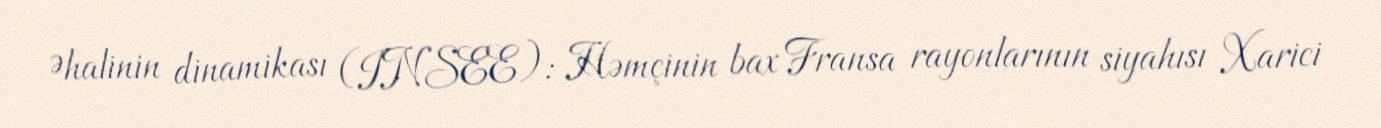
Əhalinin dinamikası (INSEE): Həmçinin bax Fransa rayonlarının siyahısı Xarici